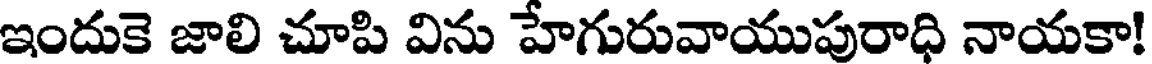
ఇందుకె జాలి చూపి విను హెగురువాయుపురాధి నాయకా!